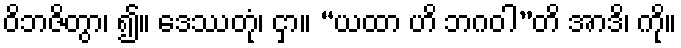
ဝိဘဇိတွာ၊ ၍။ ဒေဿတုံ၊ ငှာ။ “ယထာ ဟိ ဘဂဝါ”တိ အာဒိ၊ ကို။